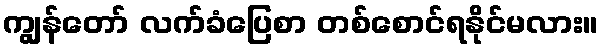
ကျွန်တော် လက်ခံပြေစာ တစ်စောင်ရနိုင်မလား။